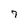
Character: 7